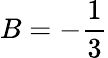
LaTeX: B=-{\frac{1}{3}}